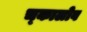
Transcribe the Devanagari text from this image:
च्कालोव